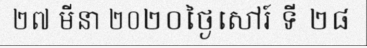
២៧ មីនា ២០២០ថ្ងៃសៅរ៍ ទី ២៨